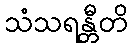
သံသရန္တီတိ